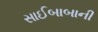
સાઈબાબાની